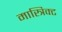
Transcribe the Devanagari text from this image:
मास्त्रिक्ट